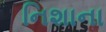
નિશાના